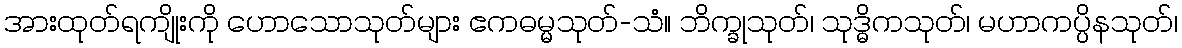
အားထုတ်ရကျိုးကို ဟောသောသုတ်များ ဧကဓမ္မသုတ်-သံ။ ဘိက္ခုသုတ်၊ သုဒ္ဓိကသုတ်၊ မဟာကပ္ပိနသုတ်၊